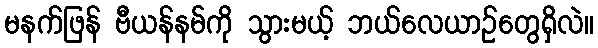
မနက်ဖြန် ဗီယန်နမ်ကို သွားမယ့် ဘယ်လေယာဉ်တွေရှိလဲ။